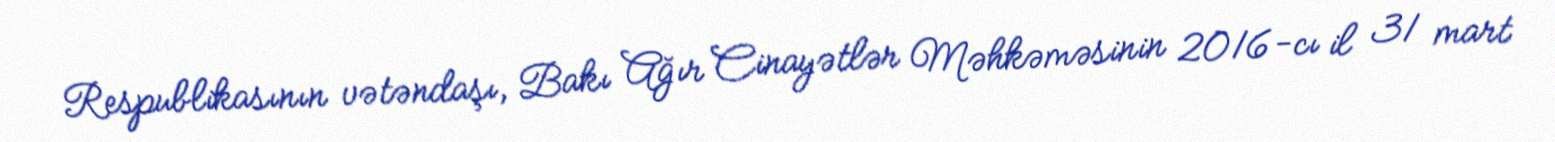
Respublikasının vətəndaşı, Bakı Ağır Cinayətlər Məhkəməsinin 2016-cı il 31 mart